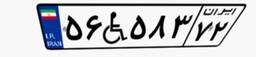
۵۶W۵۸۳۷۲